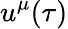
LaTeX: u^{\mu}(\tau)